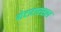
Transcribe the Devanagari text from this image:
मेटाटारसल